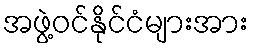
အဖွဲ့ဝင်နိုင်ငံများအား